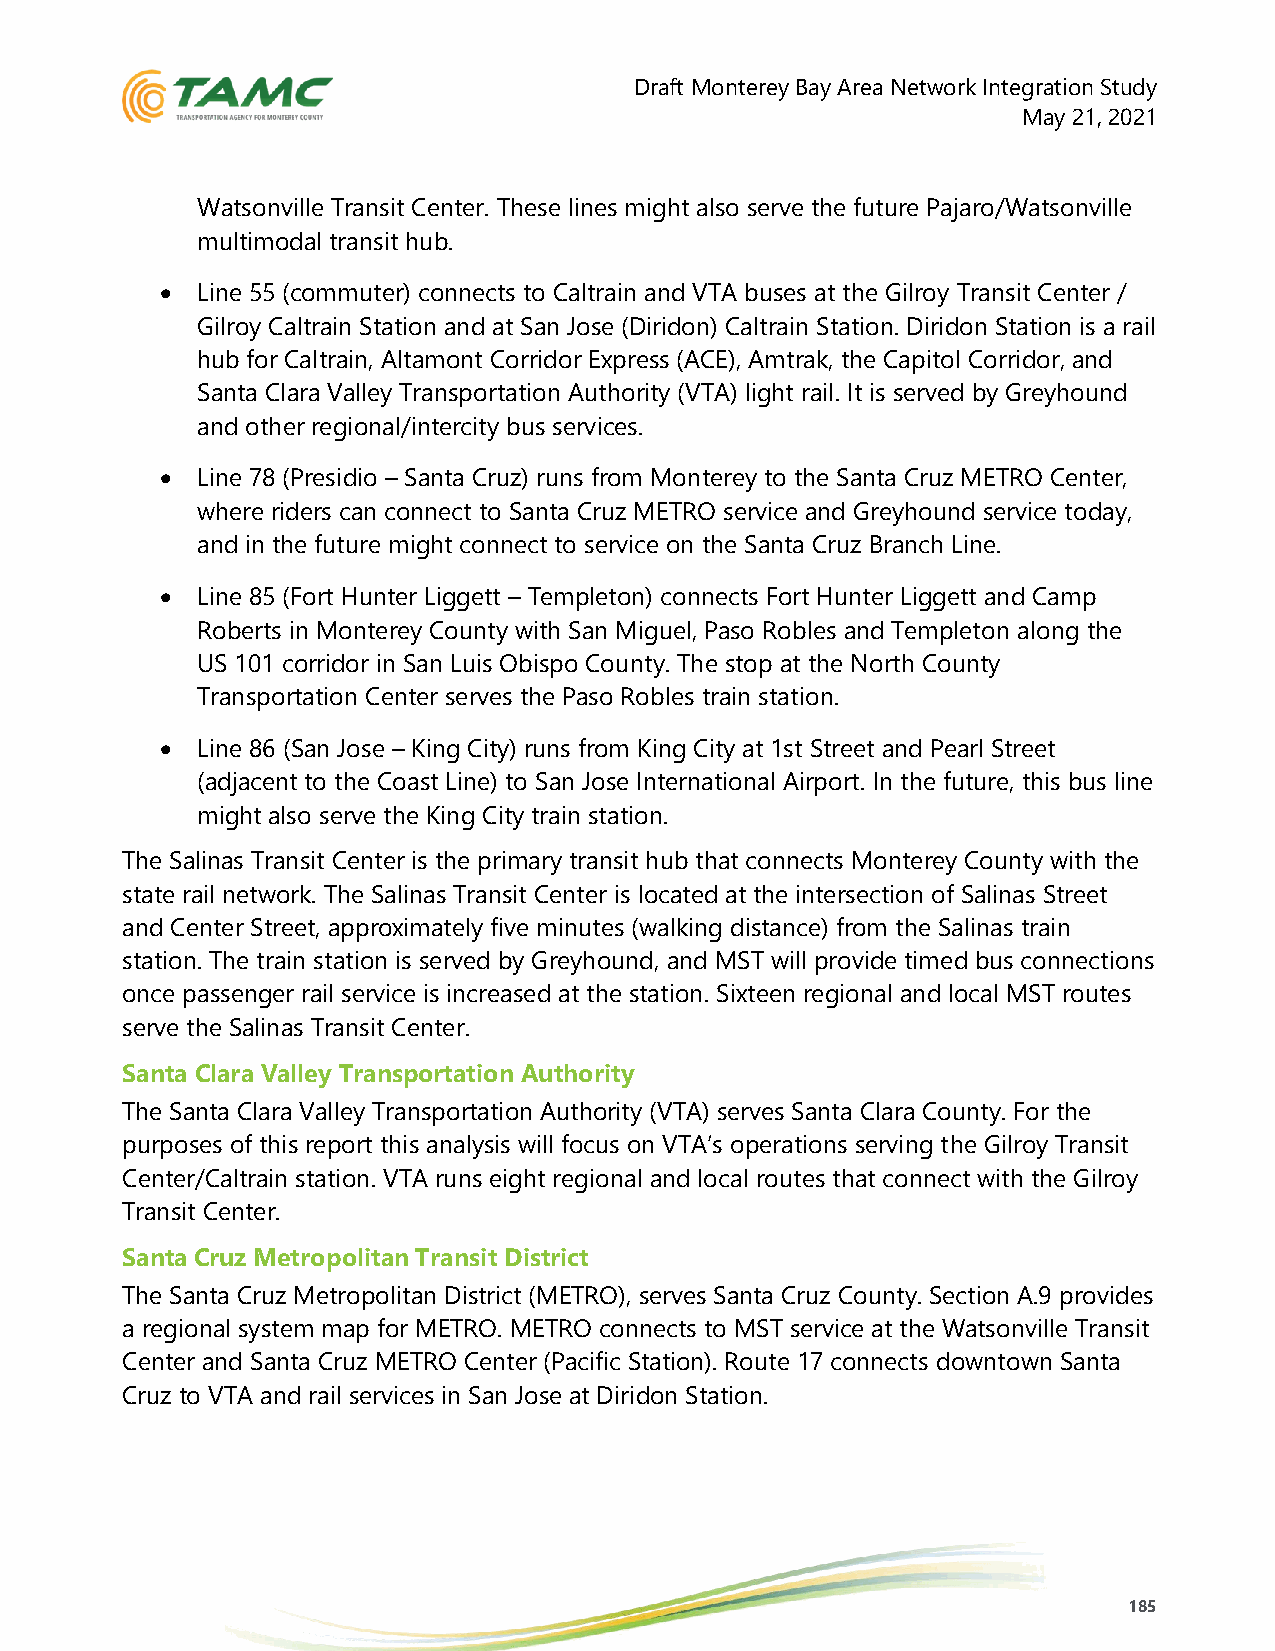
Draft Monterey Bay Area Network Integration Study
 May 21, 2021
 Watsonville Transit Center. These lines might also serve the future Pajaro/Watsonville
 multimodal transit hub.
 • Line 55 (commuter) connects to Caltrain and VTA buses at the Gilroy Transit Center /
 Gilroy Caltrain Station and at San Jose (Diridon) Caltrain Station. Diridon Station is a rail
 hub for Caltrain, Altamont Corridor Express (ACE), Amtrak, the Capitol Corridor, and
 Santa Clara Valley Transportation Authority (VTA) light rail. It is served by Greyhound
 and other regional/intercity bus services.
 • Line 78 (Presidio – Santa Cruz) runs from Monterey to the Santa Cruz METRO Center,
 where riders can connect to Santa Cruz METRO service and Greyhound service today,
 and in the future might connect to service on the Santa Cruz Branch Line.
 • Line 85 (Fort Hunter Liggett – Templeton) connects Fort Hunter Liggett and Camp
 Roberts in Monterey County with San Miguel, Paso Robles and Templeton along the
 US 101 corridor in San Luis Obispo County. The stop at the North County
 Transportation Center serves the Paso Robles train station.
 • Line 86 (San Jose – King City) runs from King City at 1st Street and Pearl Street
 (adjacent to the Coast Line) to San Jose International Airport. In the future, this bus line
 might also serve the King City train station.
 The Salinas Transit Center is the primary transit hub that connects Monterey County with the
 state rail network. The Salinas Transit Center is located at the intersection of Salinas Street
 and Center Street, approximately five minutes (walking distance) from the Salinas train
 station. The train station is served by Greyhound, and MST will provide timed bus connections
 once passenger rail service is increased at the station. Sixteen regional and local MST routes
 serve the Salinas Transit Center.
 Santa Clara Valley Transportation Authority
 The Santa Clara Valley Transportation Authority (VTA) serves Santa Clara County. For the
 purposes of this report this analysis will focus on VTA’s operations serving the Gilroy Transit
 Center/Caltrain station. VTA runs eight regional and local routes that connect with the Gilroy
 Transit Center.
 Santa Cruz Metropolitan Transit District
 The Santa Cruz Metropolitan District (METRO), serves Santa Cruz County. Section A.9 provides
 a regional system map for METRO. METRO connects to MST service at the Watsonville Transit
 Center and Santa Cruz METRO Center (Pacific Station). Route 17 connects downtown Santa
 Cruz to VTA and rail services in San Jose at Diridon Station.
 185